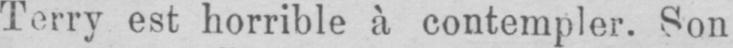
Terry est horrible à contempler. Son